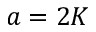
a = 2 K